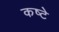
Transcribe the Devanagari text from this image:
कष्टे